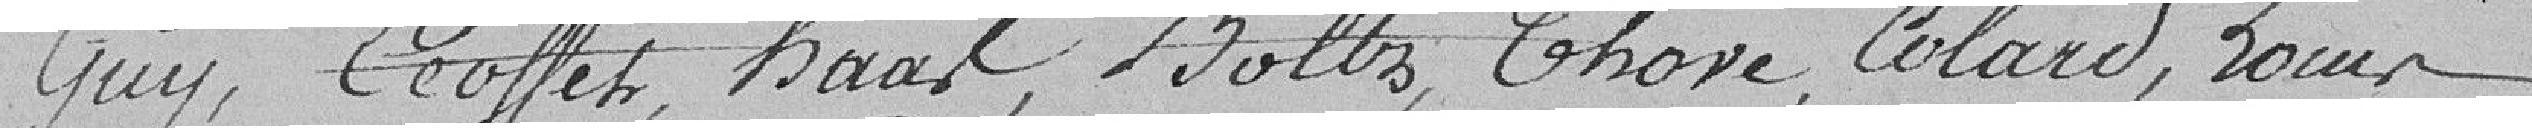
Guy, Ecoffet, Haast, Boltz, Thoré, Colard, Louis